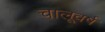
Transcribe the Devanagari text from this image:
चालूवर्ष